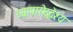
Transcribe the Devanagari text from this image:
व्यापारोद्देश्य